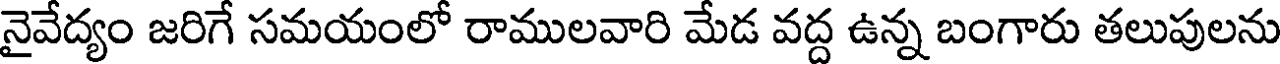
నైవేద్యం జరిగే సమయంలో రాములవారి మేడ వద్ద ఉన్న బంగారు తలుపులను